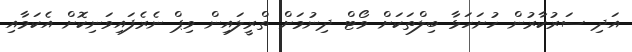
އަދި ސަރުކާރުން ހުށަހަޅާ ބިލްތަކަށް ވޯޓް ދިނުމަށް ތްރީލައިން ވިޕް ނެރެފައިވަނިކޮށް އެކަމާއި